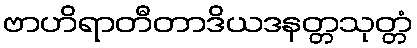
ဗာဟိရာတီတာဒိယဒနတ္တသုတ္တံ